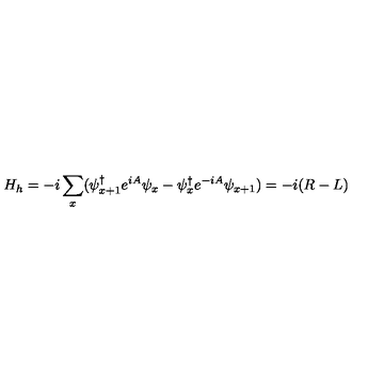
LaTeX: H _ { h } = - i \sum _ { x } ( \psi _ { x + 1 } ^ { \dag } e ^ { i A } \psi _ { x } - \psi _ { x } ^ { \dag } e ^ { - i A } \psi _ { x + 1 } ) = - i ( R - L )